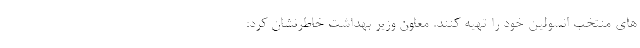
های منتخب انسولین خود را تهیه کنند. معاون وزیر بهداشت خاطرنشان کرد: